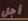
أجل